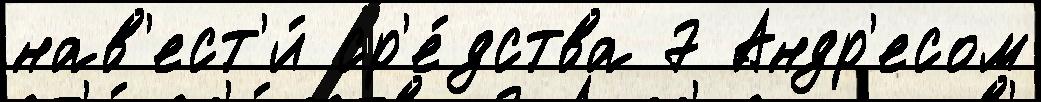
нав'ест'и́ ср'е́дства 7 Андр'есом